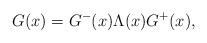
LaTeX: \begin{align*}G(x) = G^{-}(x) \Lambda(x) G^{+}(x),\end{align*}